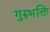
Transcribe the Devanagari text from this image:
गुरुभक्तिं